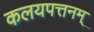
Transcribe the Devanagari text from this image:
कलयपत्तनम्